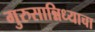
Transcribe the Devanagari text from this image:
गुरुसान्निध्याचा